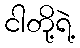
ငါတို့ရဲ့